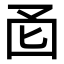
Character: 𫭄